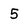
Character: 5